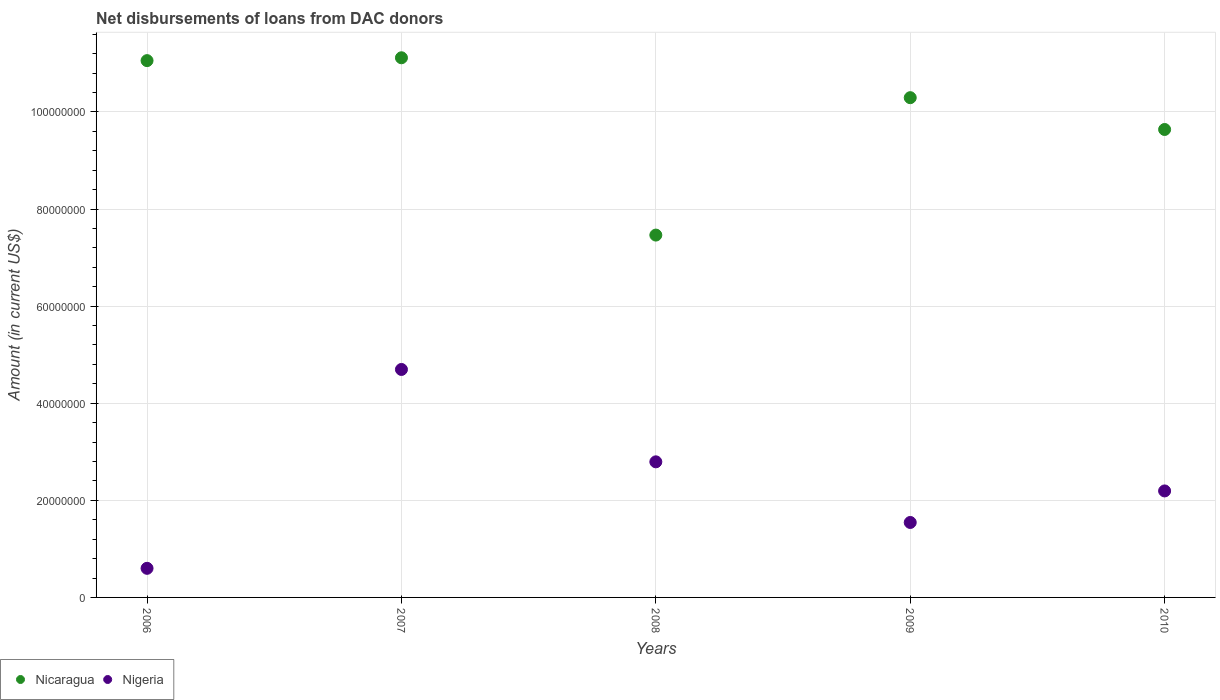
| Years | Nicaragua | Nigeria |
 | --- | --- | --- |
 | 2006 | 1.11e+08 | 6e+06 |
 | 2007 | 1.11e+08 | 4.7e+07 |
 | 2008 | 7.46e+07 | 2.79e+07 |
 | 2009 | 1.03e+08 | 1.54e+07 |
 | 2010 | 9.64e+07 | 2.19e+07 |